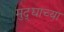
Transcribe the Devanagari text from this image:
मुद्द्याच्‍या